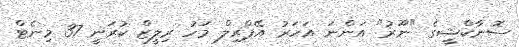
ސޮނާކްޝީގެ "ނޫރު" އަންނަ އަހަރު އޭޕްރިލް މަހު ރިލީޒް ކުރަނީ 37 މިނެޓް